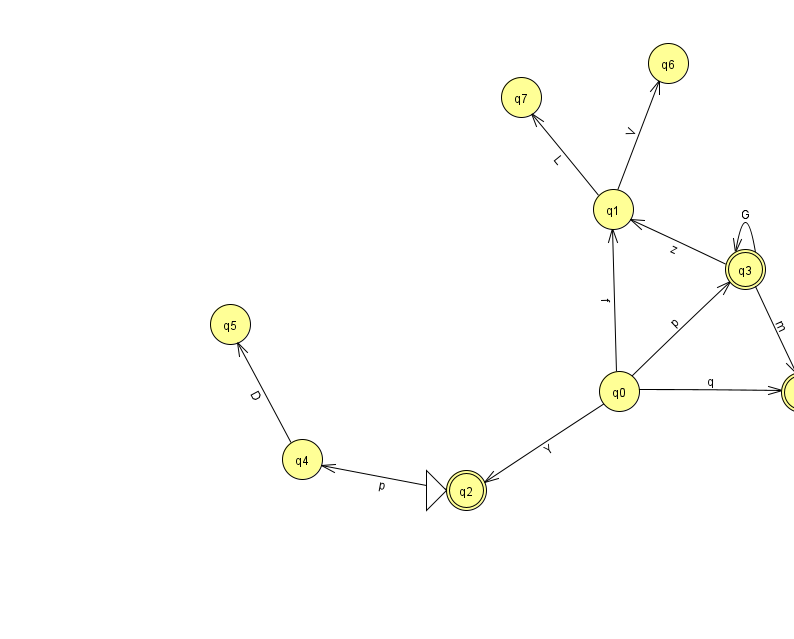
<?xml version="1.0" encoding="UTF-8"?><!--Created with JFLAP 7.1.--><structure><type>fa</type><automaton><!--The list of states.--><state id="0" name="q0"><x>619.0</x><y>378.0</y></state><state id="1" name="q1"><x>613.0</x><y>196.0</y></state><state id="2" name="q2"><x>466.0</x><y>477.0</y><initial/><final/></state><state id="3" name="q3"><x>745.0</x><y>256.0</y><final/></state><state id="4" name="q4"><x>302.0</x><y>446.0</y></state><state id="5" name="q5"><x>230.0</x><y>311.0</y></state><state id="6" name="q6"><x>668.0</x><y>50.0</y></state><state id="7" name="q7"><x>521.0</x><y>84.0</y></state><state id="8" name="q8"><x>801.0</x><y>379.0</y><final/></state><!--The list of transitions.--><transition><from>0</from><to>3</to><read>p</read></transition><transition><from>0</from><to>8</to><read>q</read></transition><transition><from>3</from><to>1</to><read>z</read></transition><transition><from>3</from><to>3</to><read>G</read></transition><transition><from>2</from><to>4</to><read>p</read></transition><transition><from>4</from><to>5</to><read>D</read></transition><transition><from>0</from><to>2</to><read>Y</read></transition><transition><from>1</from><to>6</to><read>V</read></transition><transition><from>3</from><to>8</to><read>m</read></transition><transition><from>1</from><to>7</to><read>L</read></transition><transition><from>0</from><to>1</to><read>f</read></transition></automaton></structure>